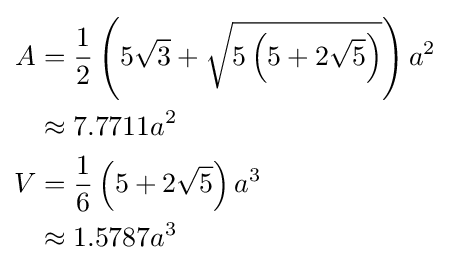
{\begin{aligned}A&={\frac {1}{2}}\left(5{\sqrt {3}}+{\sqrt {5\left(5+2{\sqrt {5}}\right)}}\right)a^{2}\\&\approx 7.7711a^{2}\\V&={\frac {1}{6}}\left(5+2{\sqrt {5}}\right)a^{3}\\&\approx 1.5787a^{3}\end{aligned}}